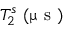
T _ { 2 } ^ { s } ~ ( \upmu \mathrm { ~ s ~ } )